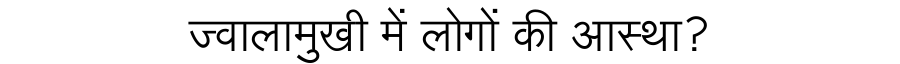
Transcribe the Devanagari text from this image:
ज्वालामुखी में लोगों की आस्था?